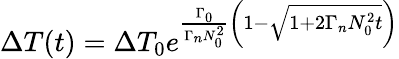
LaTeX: \Delta T(t)=\Delta T_{0}e^{\frac{\Gamma_{0}}{\Gamma_{n}N_{0}^{2}}\left(1-\sqrt{1+2\Gamma_{n}N_{0}^{2}t}\right)}